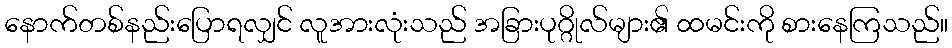
နောက်တစ်နည်းပြောရလျှင် လူအားလုံးသည် အခြားပုဂ္ဂိုလ်များ၏ ထမင်းကို စားနေကြသည်။